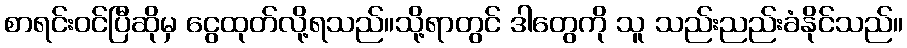
စာရင်းဝင်ပြီဆိုမှ ငွေထုတ်လို့ရသည်။သို့ရာတွင် ဒါတွေကို သူ သည်းညည်းခံနိုင်သည်။